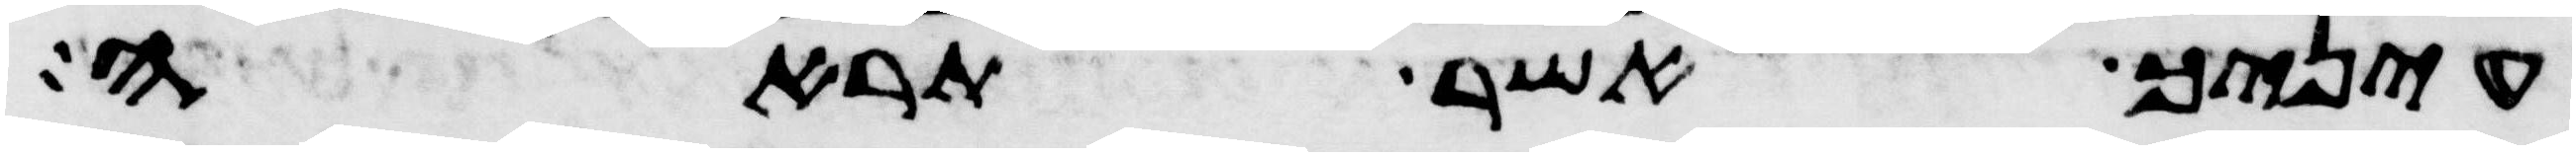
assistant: עיניך אשר תראה